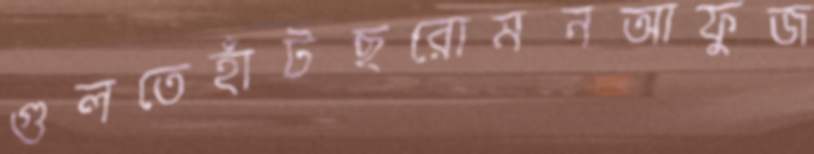
গুলতেহাঁটছরোমনআফুজ